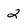
Character: 2